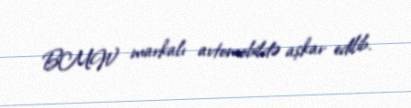
BMW markalı avtomobildə aşkar edilib.